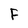
Character: F